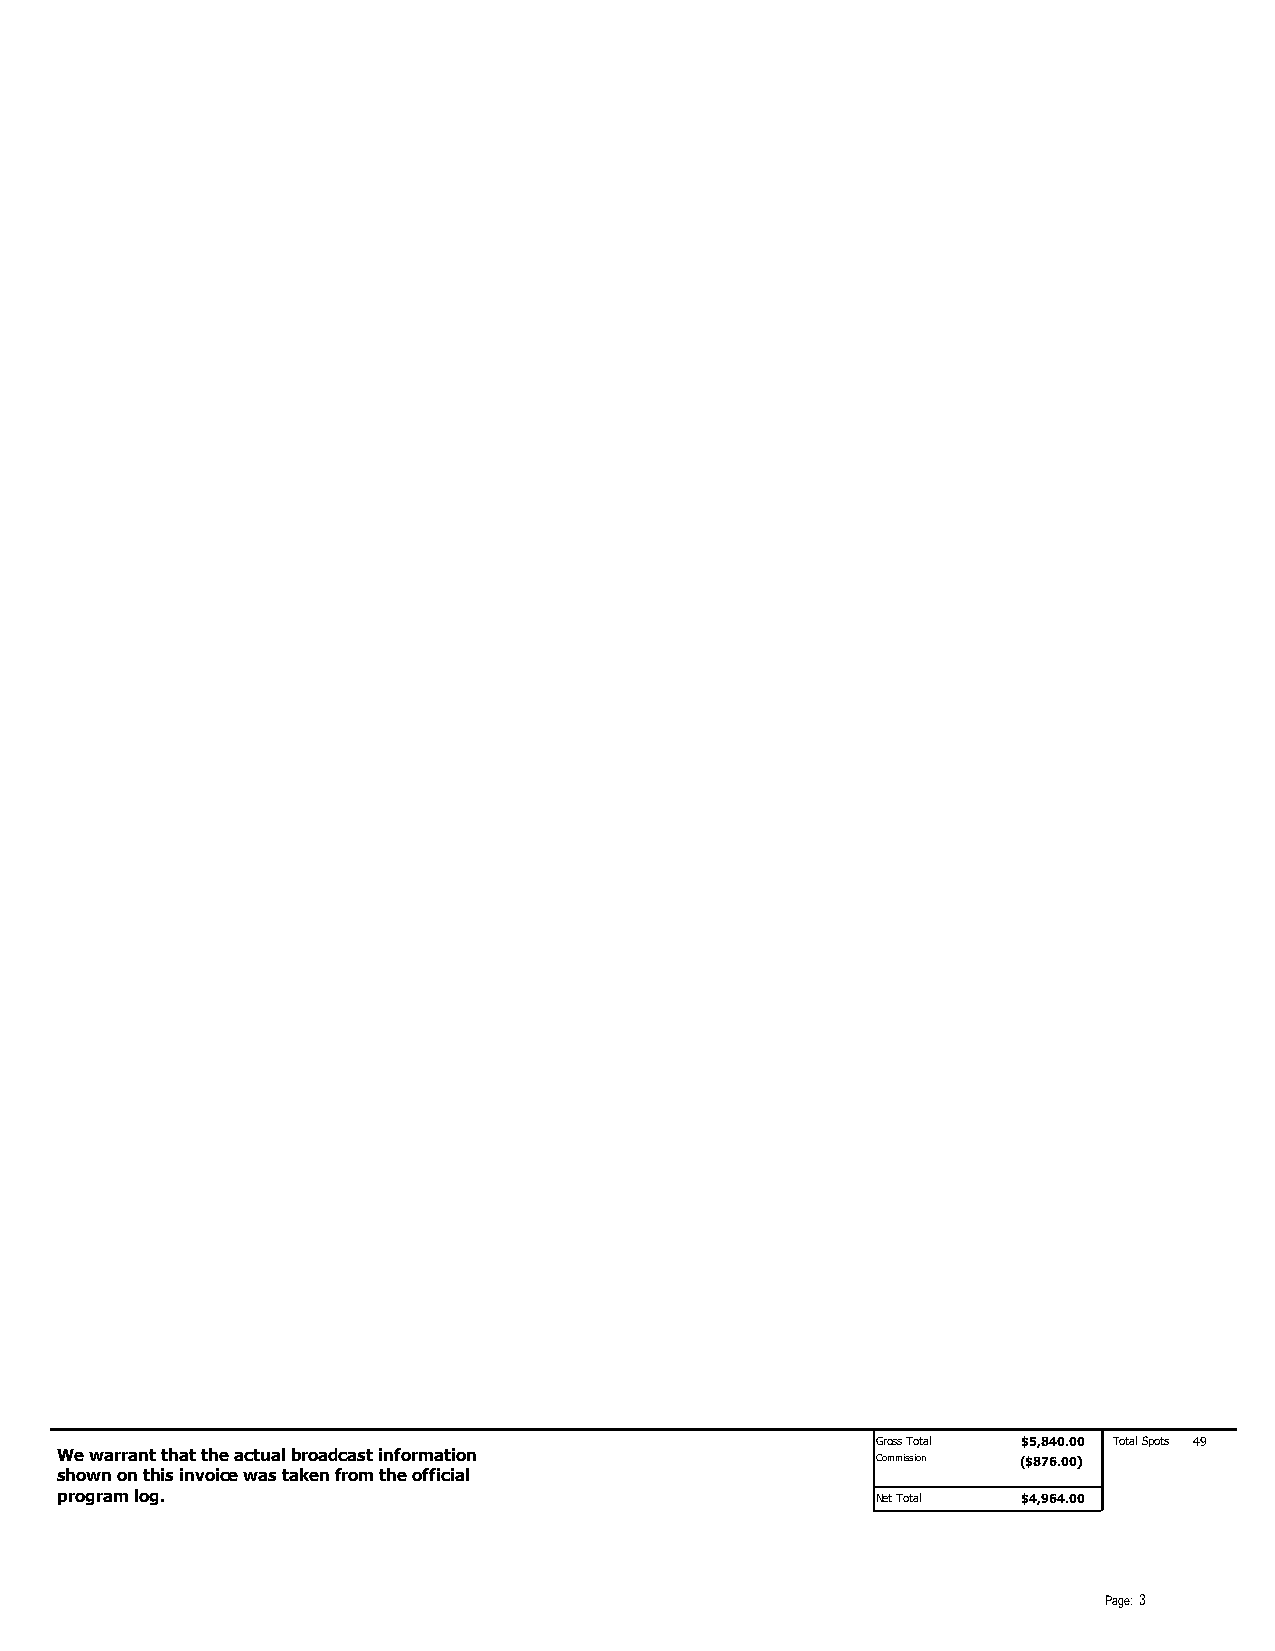
Gross Total $5,840.00 Total Spots 49
 We warrant that the actual broadcast information      Commission ($$887766..0000)
 shown on this invoice was taken from the official
 program log.                                          Net Total $4,964.00
 Page: 3